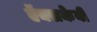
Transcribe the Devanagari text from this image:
ऍक्सकेबी